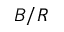
B / R